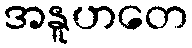
အနူဟတေ